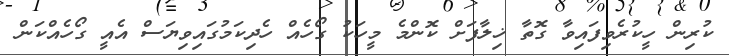
ކުރިން ހީކުރެވިފައިވާ ގޮތާ ޚިލާފަށް ކޮންމެ މީހަކު ގޯހެއް ހެދިކަމުގައިވިޔަސް އެއީ ގޯހެއްކަން